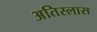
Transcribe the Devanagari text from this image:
अतिस्लास